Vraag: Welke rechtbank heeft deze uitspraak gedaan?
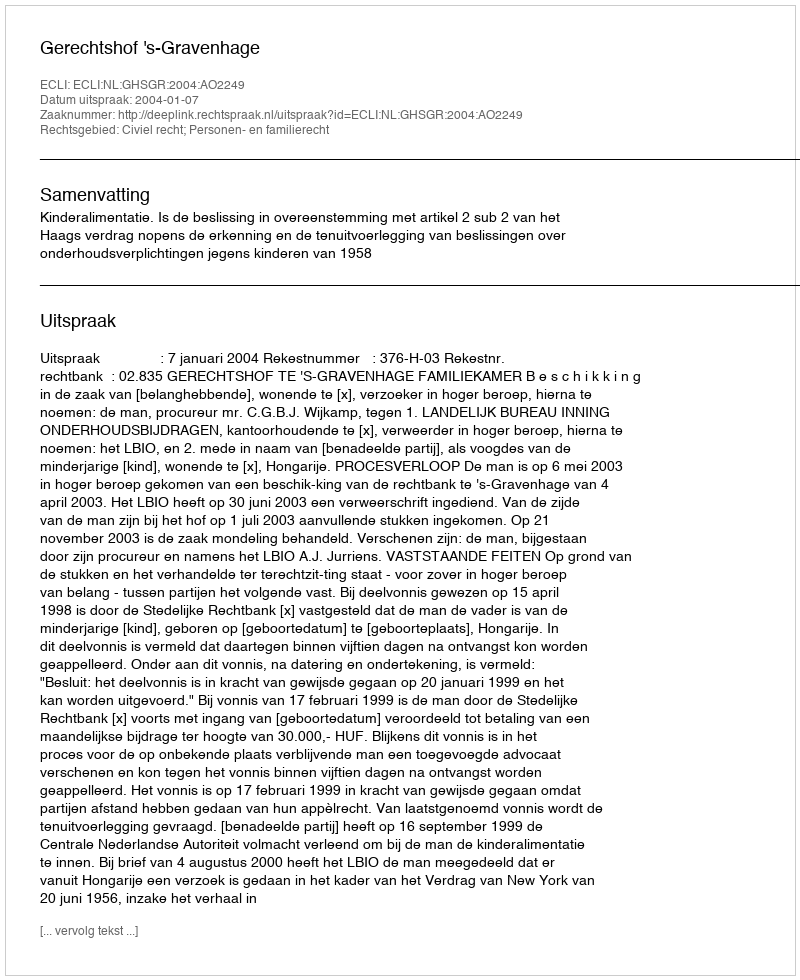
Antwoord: Gerechtshof 's-Gravenhage